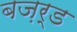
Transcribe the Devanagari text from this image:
बज़र्ड